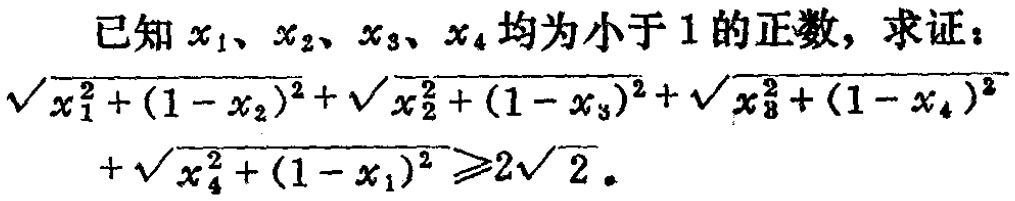
已知 \(x_1、x_2、x_3、x_4\) 均为小于 \(1\) 的正数，求证：
\(\sqrt{x_1^{2}+(1 - x_2)^{2}}+\sqrt{x_2^{2}+(1 - x_3)^{2}}+\sqrt{x_3^{2}+(1 - x_4)^{2}}+\sqrt{x_4^{2}+(1 - x_1)^{2}}\geqslant2\sqrt{2}\)。